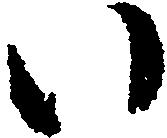
い